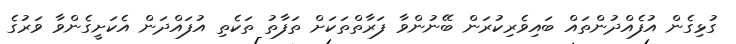
ގުޅިގެން އުފެއްދުންތައް ބައިވެރިކުރަން ބޭނުންވާ ފަރާތްތަކަށް ތަފާތު ތަކެތި އުފައްދަން އެކަށީގެންވާ ވަރުގެ